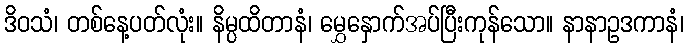
ဒိဝသံ၊ တစ်နေ့ပတ်လုံး။ နိမ္ပထိတာနံ၊ မွှေနှောက်အပ်ပြီးကုန်သော။ နာနာဥဒကာနံ၊